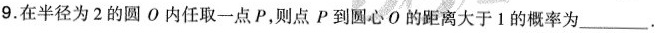
9.在半径为2的圆O内任取一点P，则点P到圆心O的距离大于1的概率为___.